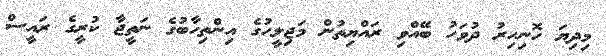
މިދިޔަ ހޮނިހިރު ދުވަހު ބޭއްވި ރައްޔިތުން މަޖިލީހުގެ އިންތިހާބުގެ ނަތީޖާ ކުރީގެ ރައީސް